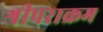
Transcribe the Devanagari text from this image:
श्रीपराक्रम